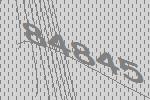
84845